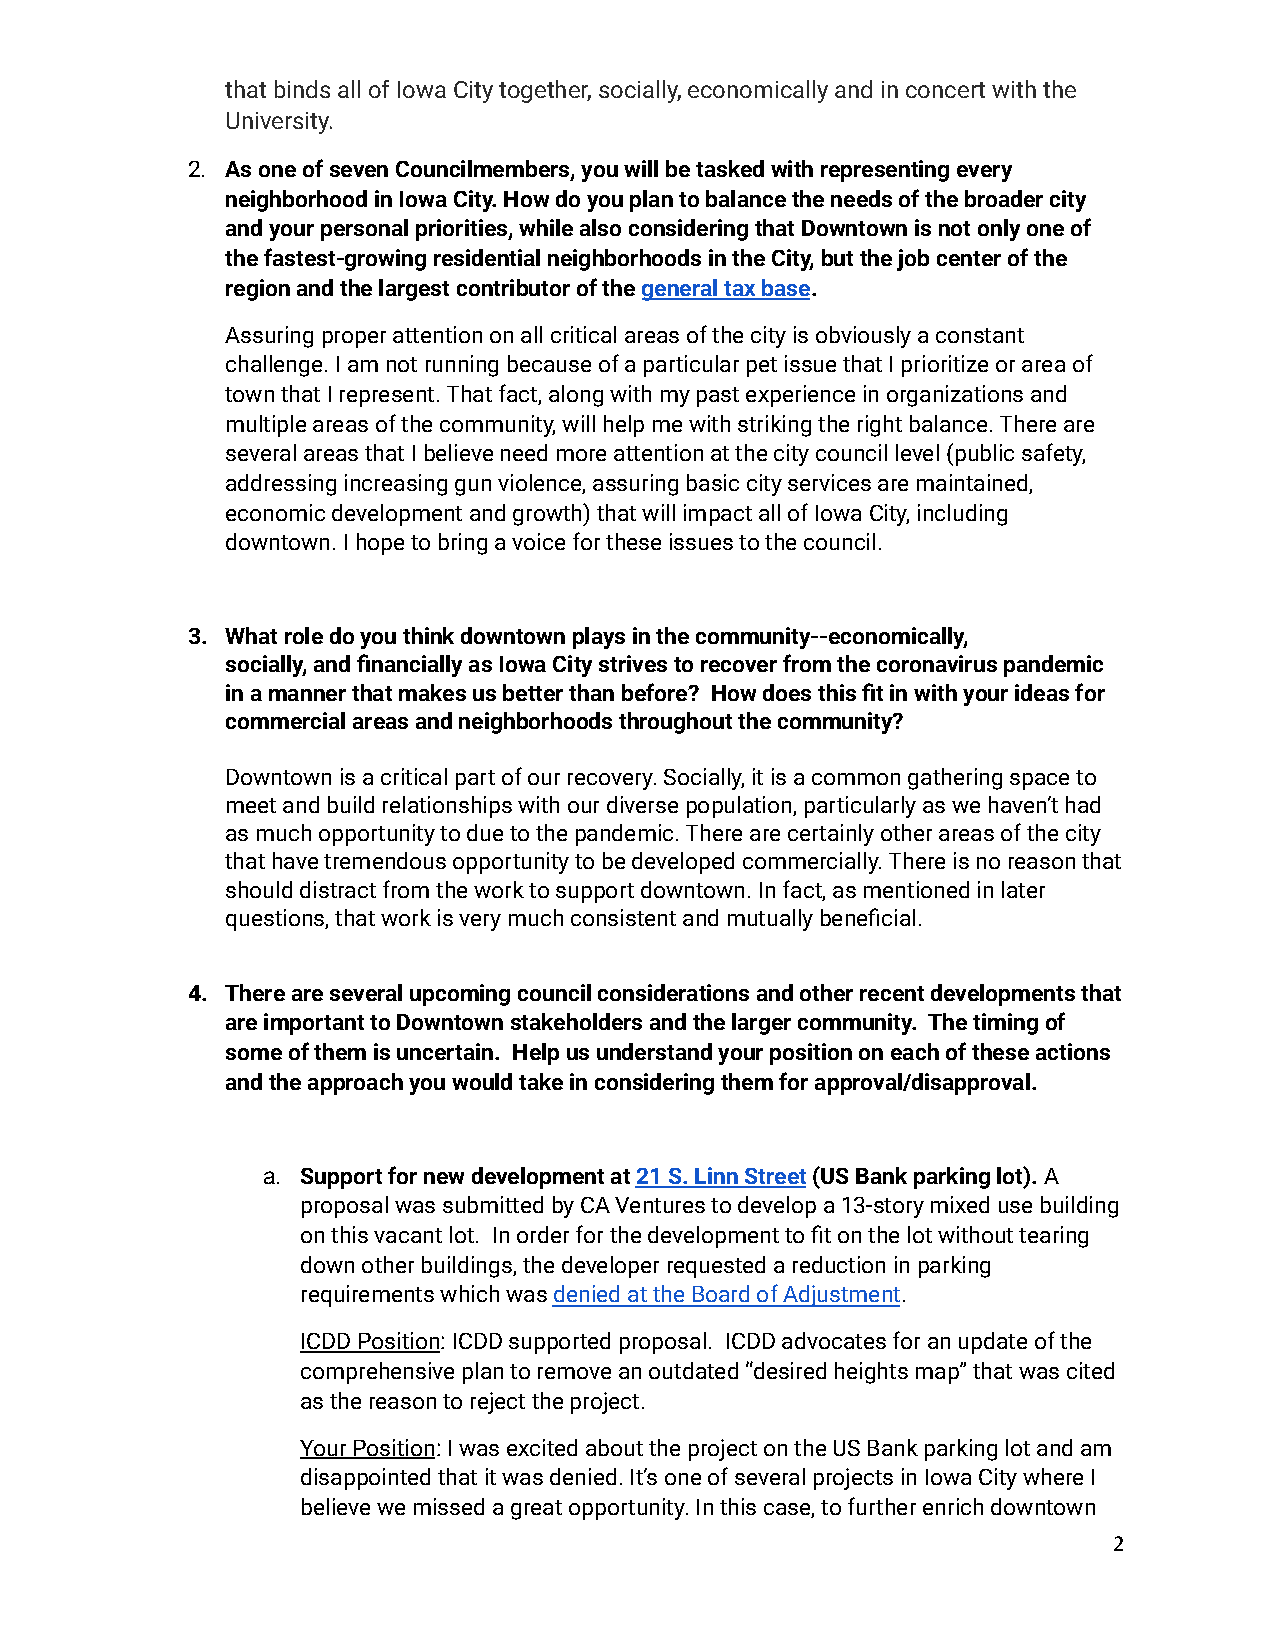
that binds all of Iowa City together, socially, economically and in concert with the
 University.
 2. As one of seven Councilmembers, you will be tasked with representing every
 neighborhood in Iowa City. How do you plan to balance the needs of the broader city
 and your personal priorities, while also considering that Downtown is not only one of
 the fastest-growing residential neighborhoods in the City, but the job center of the
 region and the largest contributor of thegeneraltax base.
 Assuring proper attention on all critical areas of the city is obviously a constant
 challenge. I am not running because of a particular pet issue that I prioritize or area of
 town that I represent. That fact, along with my past experience in organizations and
 multiple areas of the community, will help me with striking the right balance. There are
 several areas that I believe need more attention at the city council level (public safety,
 addressing increasing gun violence, assuring basic city services are maintained,
 economic development and growth) that will impact all of Iowa City, including
 downtown. I hope to bring a voice for these issues to the council.
 3. What role do you think downtown plays in the community--economically,
 socially, and financially as Iowa City strives to recover from the coronavirus pandemic
 in a manner that makes us better than before? How does this fit in with your ideas for
 commercial areas and neighborhoods throughout the community?
 Downtown is a critical part of our recovery. Socially, it is a common gathering space to
 meet and build relationships with our diverse population, particularly as we haven’t had
 as much opportunity to due to the pandemic. There are certainly other areas of the city
 that have tremendous opportunity to be developed commercially. There is no reason that
 should distract from the work to support downtown. In fact, as mentioned in later
 questions, that work is very much consistent and mutually beneficial.
 4. There are several upcoming council considerations and other recent developments that
 are important to Downtown stakeholders and the larger community. The timing of
 some of them is uncertain. Help us understand your position on each of these actions
 and the approach you would take in considering them for approval/disapproval.
 a. Support for new development at21 S. Linn Street(USBank parking lot).A
 proposal was submitted by CA Ventures to develop a 13-story mixed use building
 on this vacant lot. In order for the development to fit on the lot without tearing
 down other buildings, the developer requested a reduction in parking
 requirements which wasdenied at the Board of Adjustment.
 ICDD Position: ICDD supported proposal. ICDD advocatesfor an update of the
 comprehensive plan to remove an outdated “desired heights map” that was cited
 as the reason to reject the project.
 Your Position: I was excited about the project onthe US Bank parking lot and am
 disappointed that it was denied. It’s one of several projects in Iowa City where I
 believe we missed a great opportunity. In this case, to further enrich downtown
 2